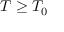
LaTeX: T \geq T _ { 0 }